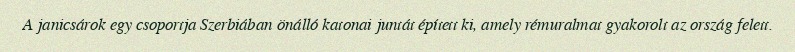
A janicsárok egy csoportja Szerbiában önálló katonai juntát épített ki, amely rémuralmat gyakorolt az ország felett.